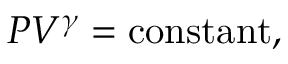
P V ^ { \gamma } = { \mathrm { c o n s t a n t } } ,